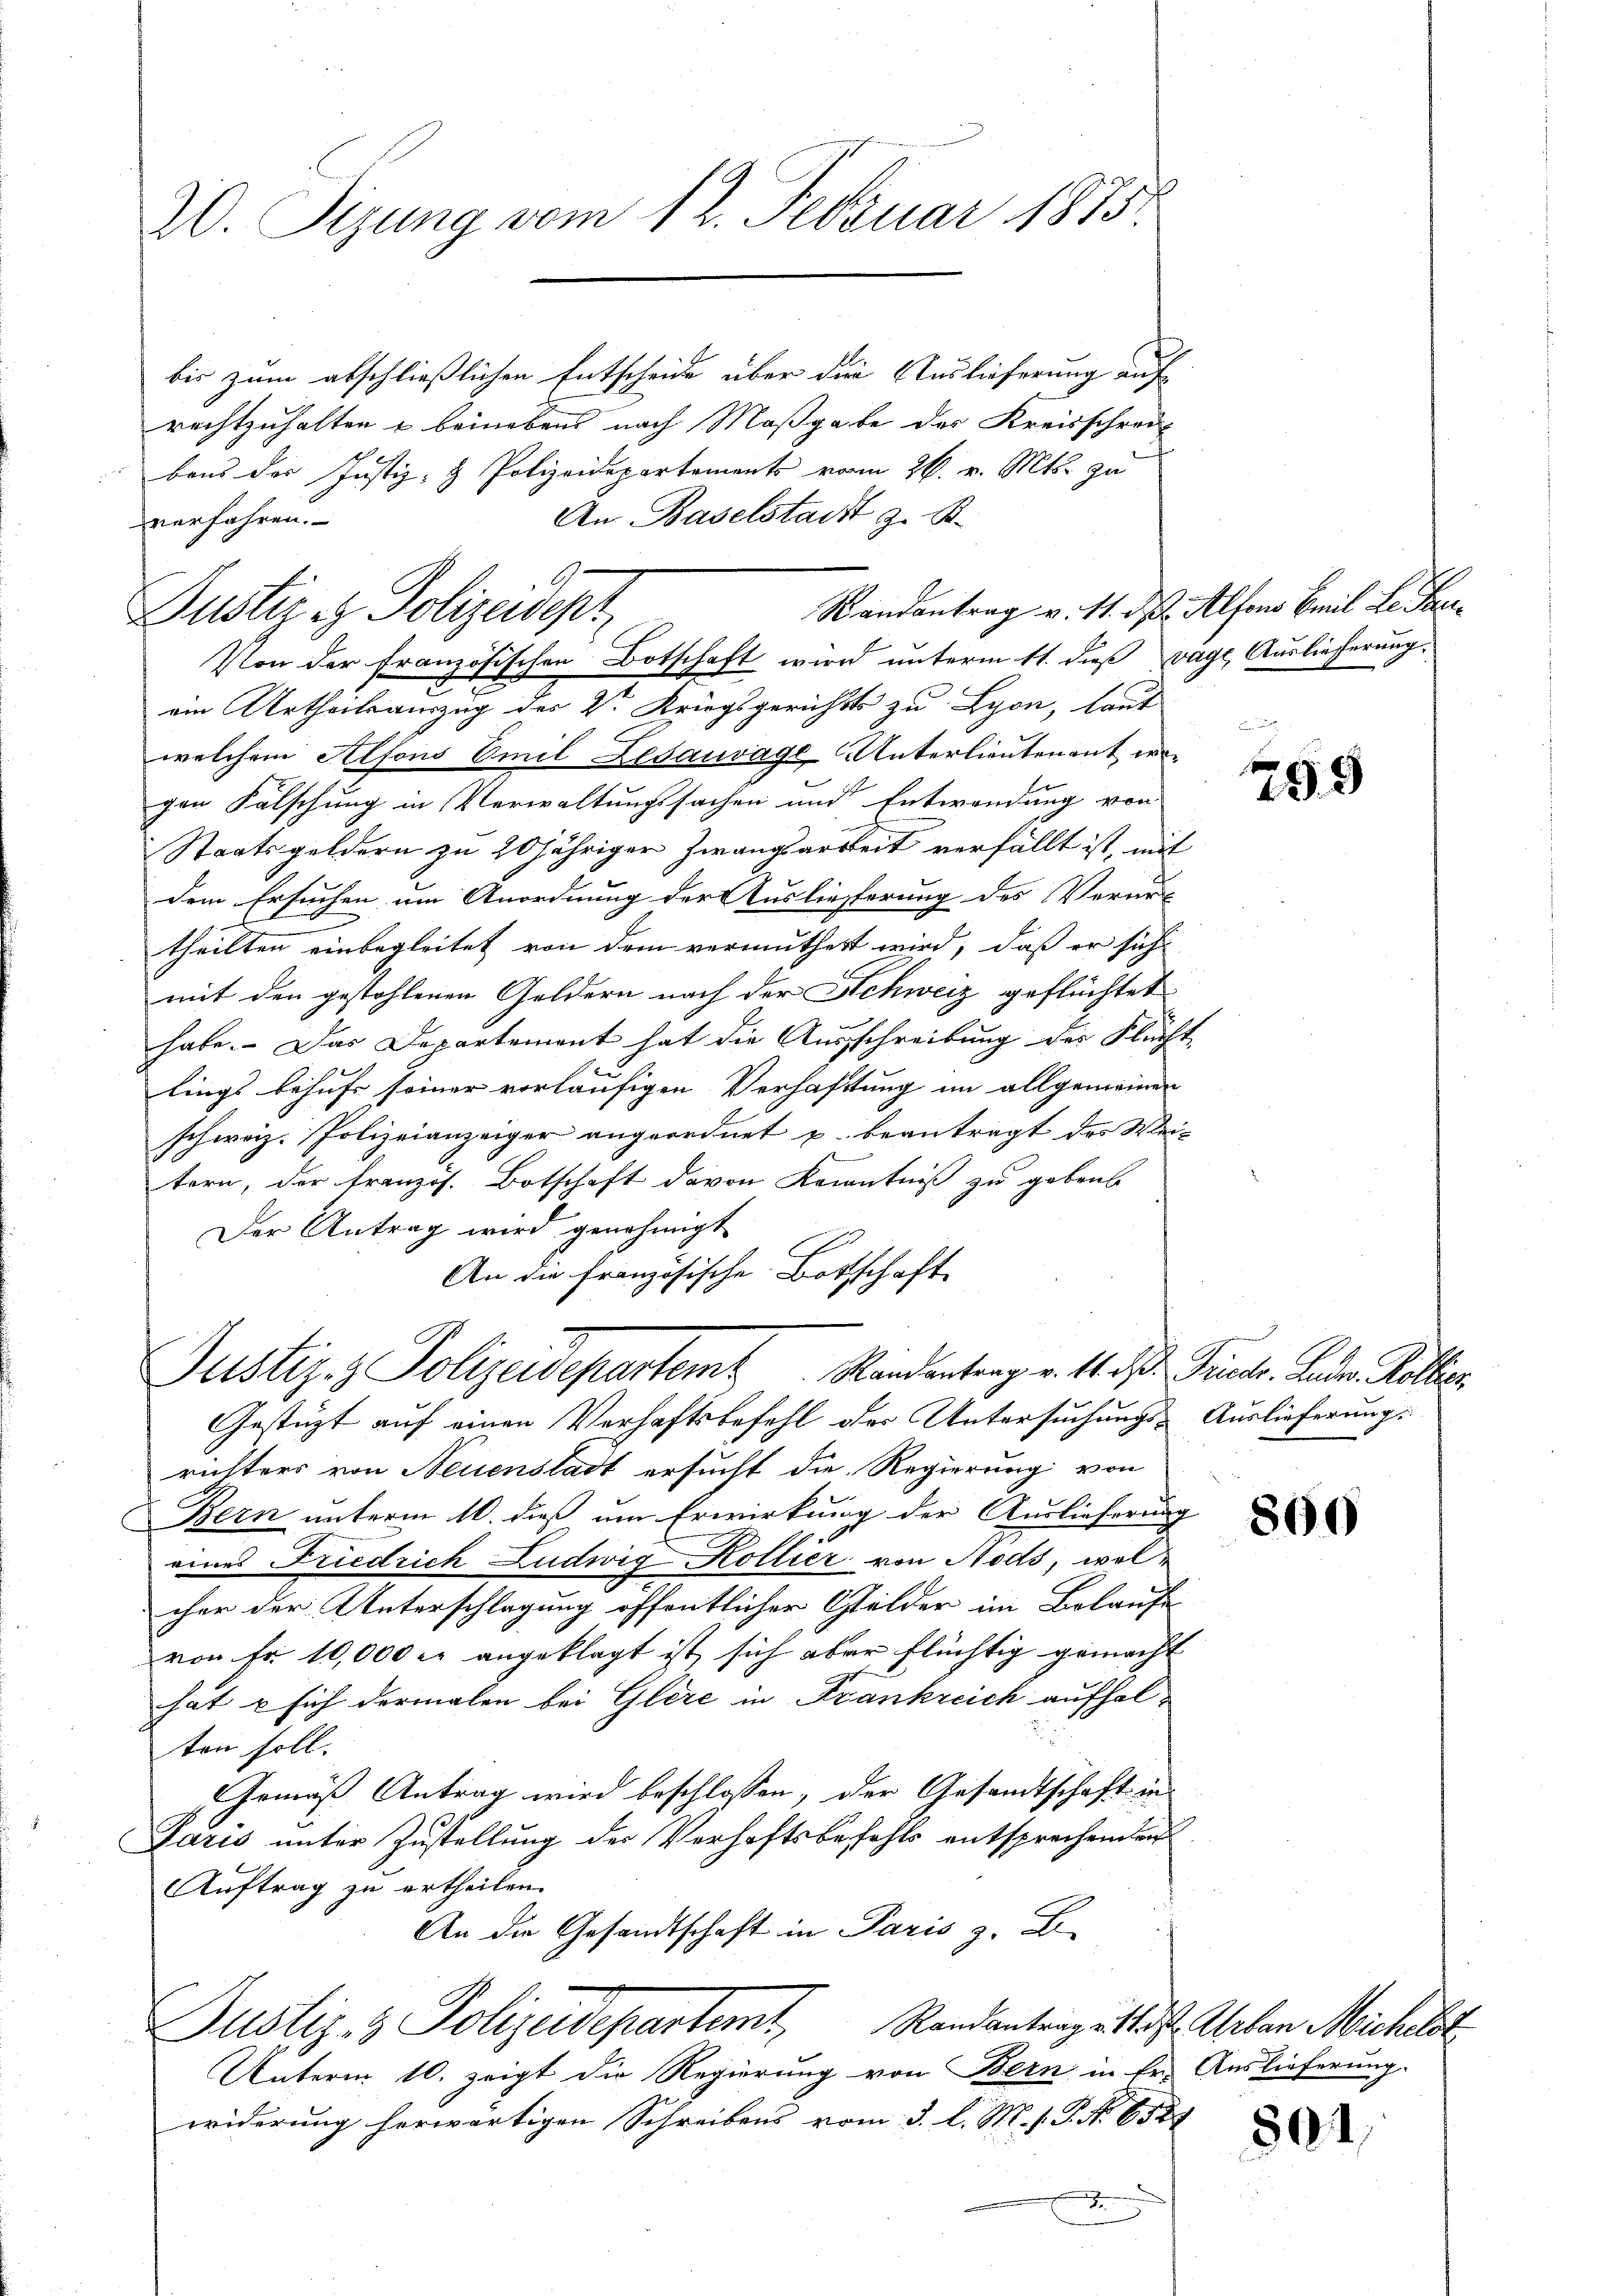
20. Sizung vom 12. Februar 1875.

bis zum abschließlichen Entscheide über die Auslieferung auf
rechtzuhalten & beineben nach Maßgabe des Kreisschreibens der Justiz- & Polizeidepartements vom 26. v. Mts. zu
An Baselstadt z. B.
verfahren.
Randantrag v. 11. ds. Alfons Emil L. Kanein Urtheilsauszug der V. Kriegsgerichts zu Lyon, laut
welchem Alfons Emil Zesauvage Unterlieutenant wegen Falschung in Verwaltungssachen und Entwendung von
Staatsgeldern zu 20jähriger Zwangsartheit verfällt ist, mit
dem Ersuchen um Anordnung der Auslieferung des Verurt
theilten einbegleitet von dem vermuthert wird, daß er sich
mit den gestohlenen Geldern nach der Schweiz geflüchtet
habe. Das Departement hat die Ausschreibung der Flücht
lings behufs seiner vorläufigen Verhaftung im allgemeinen
schweiz. Polizeianzeiger angeordnet u. beantragt des Weitern, der französ. Botschaft davon Kenntniß zu gebens
Der Antrag wird genehmigt
An die französische Bottschaft
Justiz- & Polizeidepartem Randantrag v. M. D. Priestr. Leder. Kollier
Gestüzt auf einen Verhaftsbefehl der Untersuchungs-Auslieferung.
richters von Neuenstadt ersucht die Regierung von
Bern unterm 10. dieß um Erwirkung der Auslieferung
eines Friedrich Ludwig Kollier von Nods, welcher der Unterschlagung öffentlicher Gelder im Belaufe
von Fr. 10,000 er angeklagt ist, sich aber flüchtig gemacht
hat u sich dermalen bei Glère in Frankreich aufhalten soll.
Gemäß Antrag wird beschlossen, der Gesandtschaft in
Paris unter Zustellung der Verhaftsbefehls entsprechenden
Auftrag zu ertheilen.
An die Gesandtschaft in Paris z. B.
Justiz- & Polizeidepartemt, Randantrag etlist. Arben Miches
Unterm 10. zeigt die Regierung von Bern in Er- Auslieferung.
widerung herwärtigen Schreibens vom 3. l. M. s. S. No 6581

G
Justiz & Polizeisept
Von der Französischen Botschaft wird unterm 11. dieß vage, Auslieferung.

259

800

801.